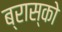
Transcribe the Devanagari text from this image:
ब्रास्को